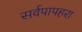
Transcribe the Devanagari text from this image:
सर्वपापहरा